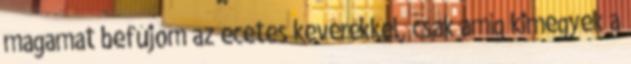
magamat befújom az ecetes keverékkel, csak amíg kimegyek a